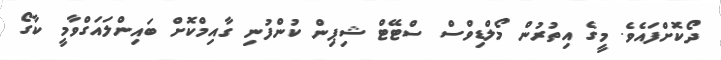
ދޯކޮށްފައެވެ. މީގެ އިތުރުން މޯލްޑިވްސް ސްޓޭޓް ޝިޕިން ކުންފުނި ގާއިމްކޮށް ބައިންލައަގްވާމީ ކާގޯ